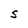
Character: S